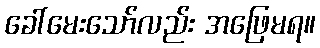
ခေါ်မေးသော်လည်း အဖြေမရ။